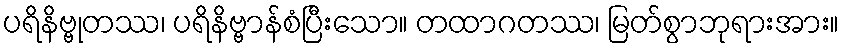
ပရိနိဗ္ဗုတဿ၊ ပရိနိဗ္ဗာန်စံပြီးသော။ တထာဂတဿ၊ မြတ်စွာဘုရားအား။